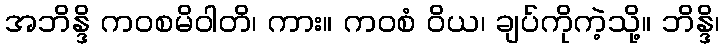
အဘိန္ဒိ ကဝစမိဝါတိ၊ ကား။ ကဝစံ ဝိယ၊ ချပ်ကိုကဲ့သို့။ ဘိန္ဒိ၊